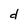
Character: d